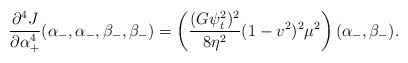
\begin{align*} \frac{\partial^4J}{\partial\alpha_+^4}(\alpha_-,\alpha_-,\beta_-,\beta_-)=\left(\frac{(G\psi_t^2)^2}{8\eta^2}(1-v^2)^2\mu^2\right)(\alpha_-,\beta_-). \end{align*}